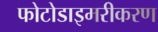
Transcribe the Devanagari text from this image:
फोटोडाइमरीकरण